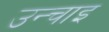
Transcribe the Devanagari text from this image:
उन्चाइ